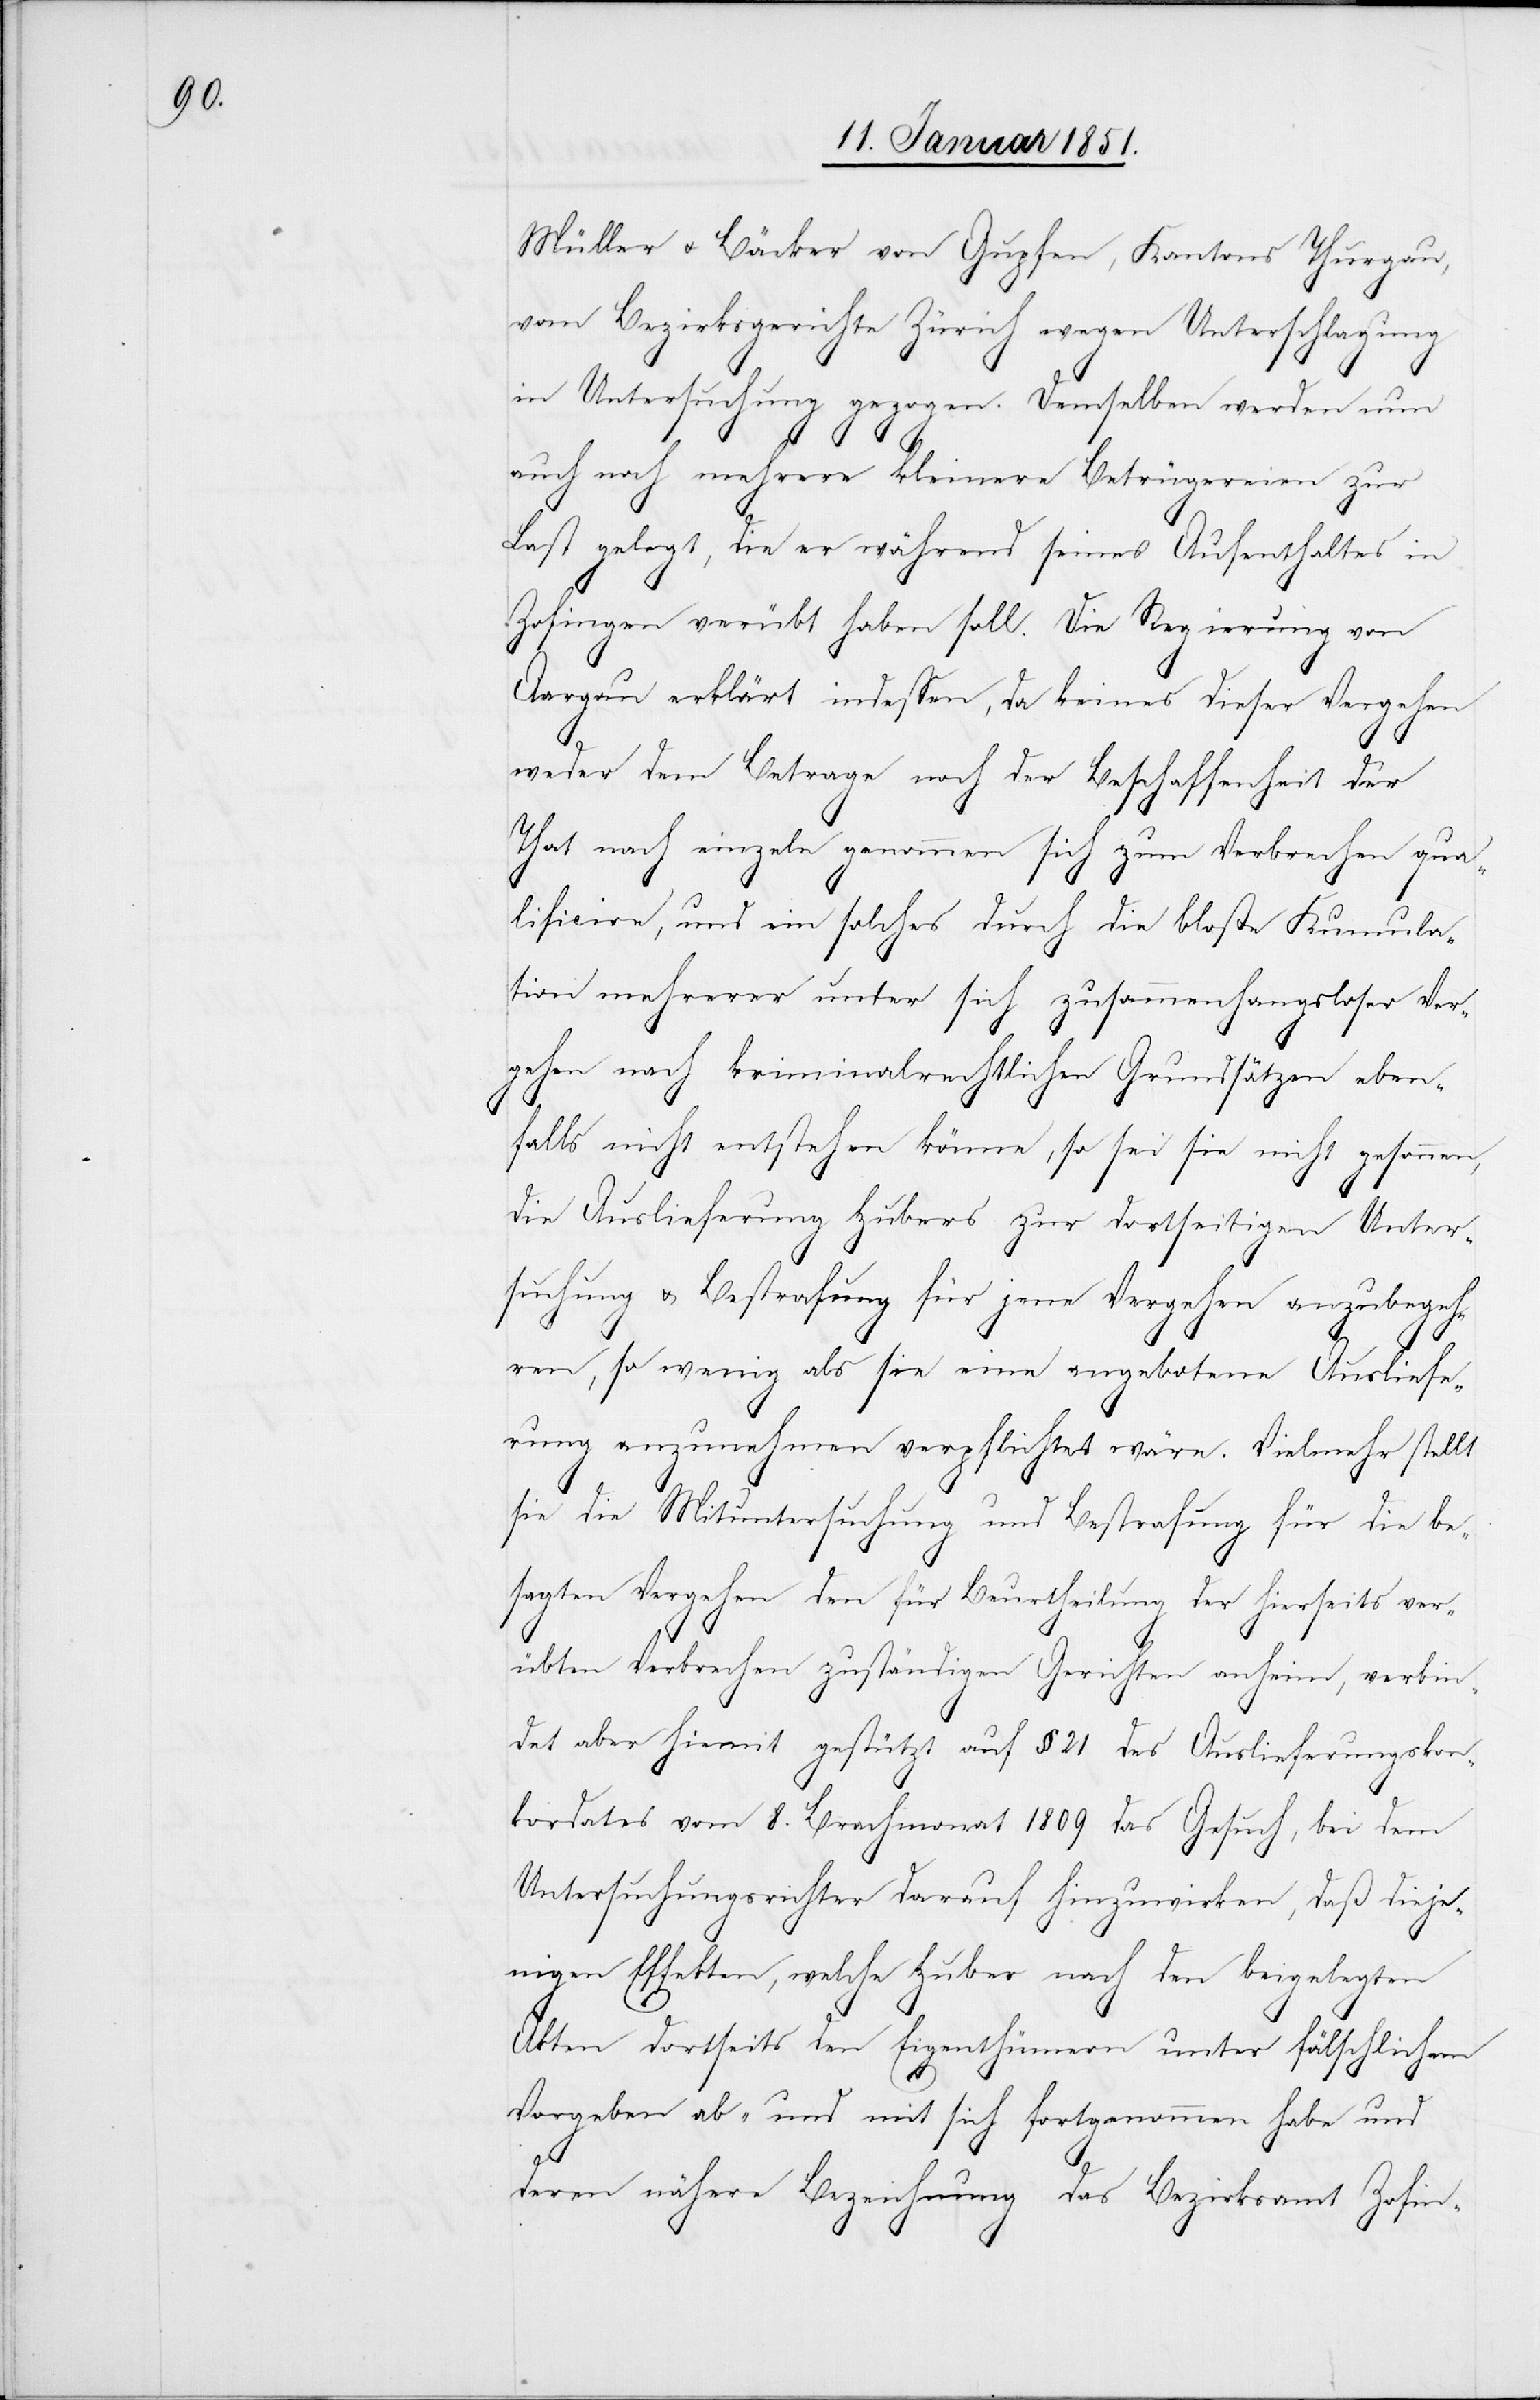
Müller u. Bäcker von Gupfen, Kantons Thurgau,
vom Bezirksgerichte Zürich wegen Unterschlagung
in Untersuchung gezogen. Demselben werden nun
auch noch mehrere kleinere Betrügereien zur
Last gelegt, die er während seines Aufenthaltes in
Zofingen verübt haben soll. Die Regierung von
Aargau erklärt indessen, da keines dieser Vergehen
weder dem Betrage noch der Beschaffenheit der
That nach einzeln genommen sich zum Verbrechen qua¬
lificire, und ein solches durch die bloße Kumula¬
tion mehrerer unter sich zusammenhangsloser Ver¬
gehen nach kriminalrechtlichen Grundsätzen eben¬
falls nicht entstehen könne, so sei sie nicht gesonnen,
die Auslieferung Hubers zur dortseitigen Unter¬
suchung u. Bestrafung für jene Vergehen anzubegeh¬
ren, so wenig als sie eine angebotene Ausliefe¬
rung anzunehmen verpflichtet wäre. Vielmehr stellt
sie die Mituntersuchung und Bestrafung für die be¬
sagten Vergehen den für Beurtheilung der hierseits ver¬
übten Verbrechen zuständigen Gerichten anheim, verbin¬
det aber hiemit gestützt auf § 21 des Auslieferungskon¬
kordates vom 8. Brachmonat 1809 das Gesuch, bei dem
Untersuchungsrichter darauf hinzuwirken, daß dieje¬
nigen Effekten, welche Huber nach den beigelegten
Akten dortseits den Eigenthümern unter fälschlichem
Vorgeben ab- und mit sich fortgenommen habe und
deren nähere Bezeichnung das Bezirksamt Zofin-